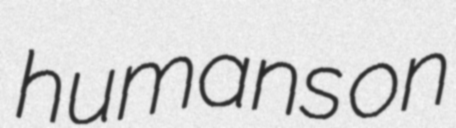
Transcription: humans on